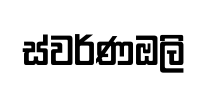
ස්වර්ණඔලි